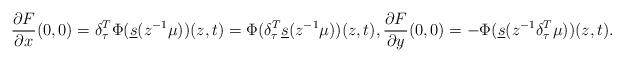
LaTeX: \begin{align*}\frac{\partial F}{\partial x}(0,0)=\delta^T_\tau\Phi(\underline{s}(z^{-1}\mu))(z,t)=\Phi(\delta^T_\tau \underline{s}(z^{-1}\mu))(z,t),\frac{\partial F}{\partial y}(0,0)=-\Phi( \underline{s}( z^{-1}\delta^T_\tau\mu))(z,t).\end{align*}